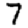
Digit: 7